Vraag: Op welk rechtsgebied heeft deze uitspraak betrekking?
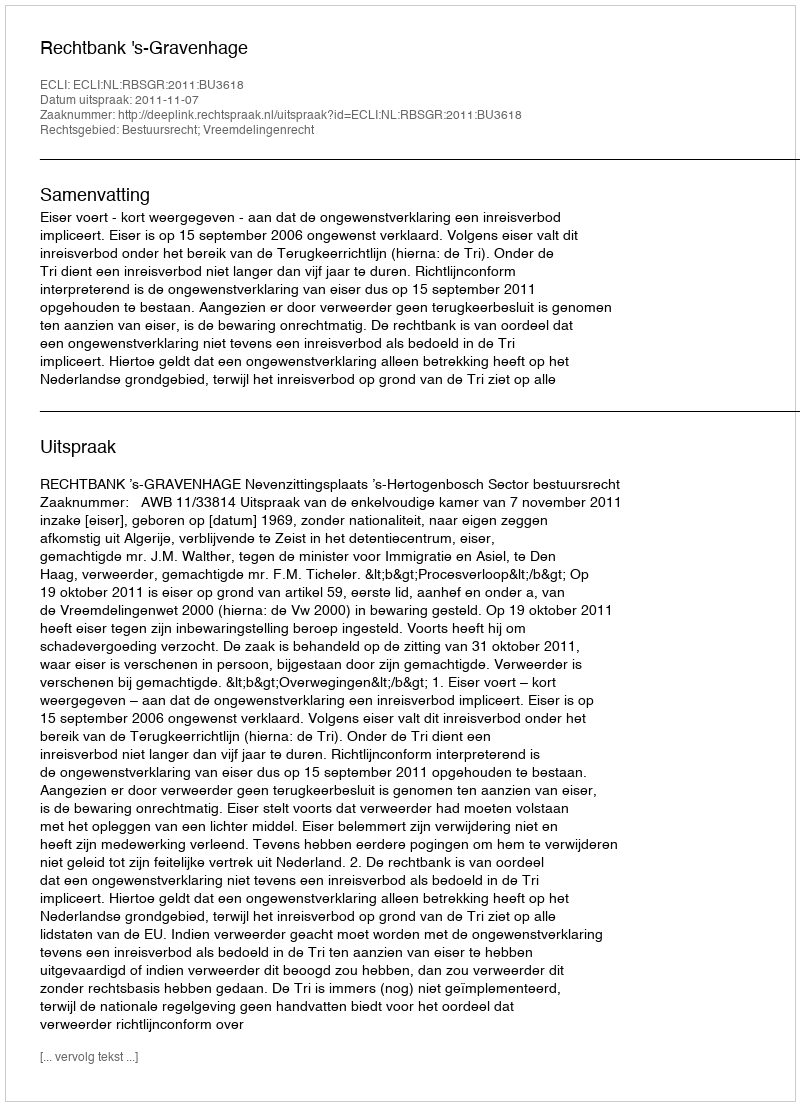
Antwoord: Bestuursrecht; Vreemdelingenrecht